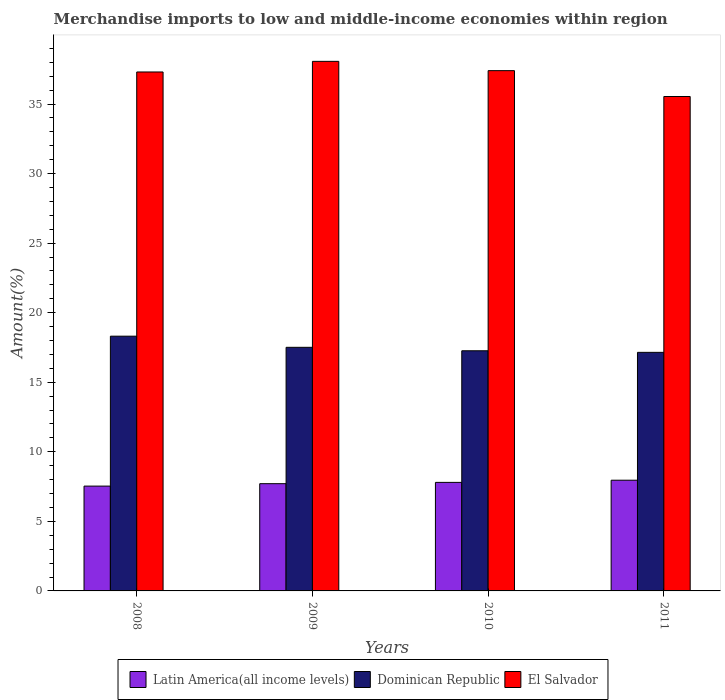
| Years | Latin America(all income levels) | Dominican Republic | El Salvador |
 | --- | --- | --- | --- |
 | 2008 | 7.53 | 18.3 | 37.3 |
 | 2009 | 7.71 | 17.5 | 38.1 |
 | 2010 | 7.8 | 17.3 | 37.4 |
 | 2011 | 7.96 | 17.1 | 35.5 |